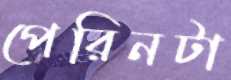
পেরিনটা